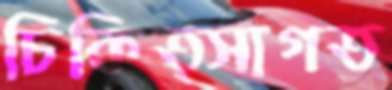
চিকিত্সাগত